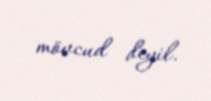
mövcud deyil.